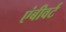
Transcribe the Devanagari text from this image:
एंबीवर्ट